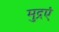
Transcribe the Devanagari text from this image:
मुद्रएं